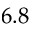
6 . 8